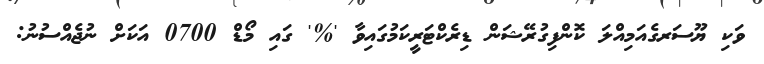
ވަކި ޔޫސަރގެއަމިއްލަ ކޮންފިގުރޭޝަން ޑިރެކްޓަރީކަމުގައިވާ '%' ގައި މޯޑް 0700 އަކަށް ނުޖެއްސުނު: